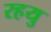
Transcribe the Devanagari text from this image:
रहयु